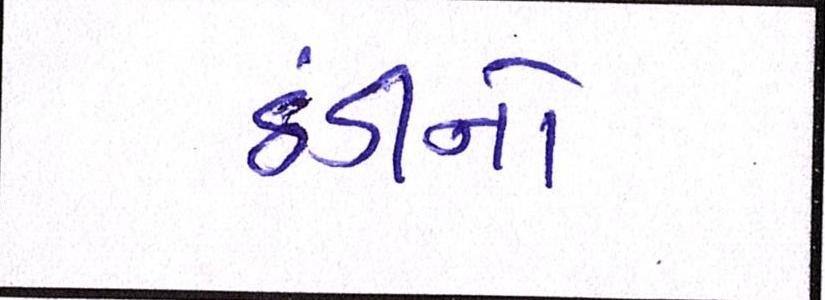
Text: ઠંડીનો